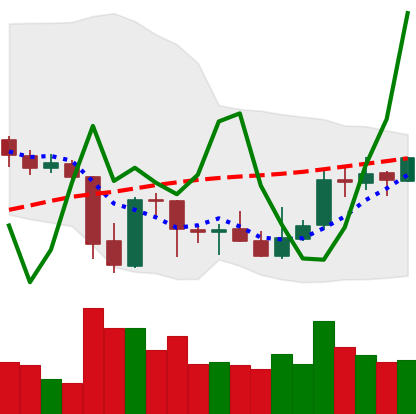
Ticker: XRP-USD
Chart end date: 2021-10-05
Forward return: 4.878%
Label: up_3_5